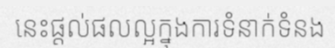
នេះផ្តល់ផលល្អក្នុងការទំនាក់ទំនង